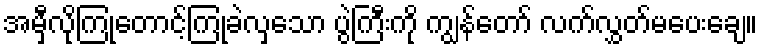
အမှီလိုကြုံတောင့်ကြုံခဲလှသော ပွဲကြီးကို ကျွန်တော် လက်လွှတ်မပေးချေ။